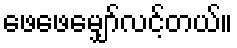
ဖေဖေမျှော်လင့်တယ်။